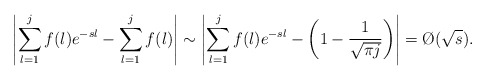
\begin{align*}\left|\sum_{l=1}^j f(l)e^{-sl}-\sum_{l=1}^j f(l)\right|\sim\left|\sum_{l=1}^j f(l)e^{-sl}-\left(1-\frac1{\sqrt{\pi j}}\right)\right|=\O(\sqrt s).\end{align*}